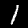
Label: 1